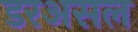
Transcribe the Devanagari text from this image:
डरअसल